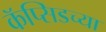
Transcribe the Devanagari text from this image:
कॅप्सिडच्या